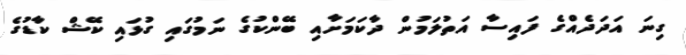
ގިނަ އަދަދެއްގެ ފައިސާ އަތުލަމުން ދާކަމަށާއި ބޭންކުގެ ނަމުގައި ގުޅައި ކޭޝް ކާޑުގެ